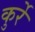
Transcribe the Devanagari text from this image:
कुर्रे